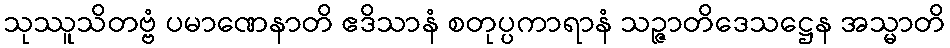
သုဿူသိတဗ္ဗံ ပမာဏေနာတိ ဧဒိသာနံ စတုပ္ပကာရာနံ သဉ္ဇာတိဒေသဋ္ဌေန အသ္မာတိ